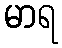
မာရ